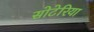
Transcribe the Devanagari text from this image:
सोटेरिया